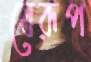
যেরূপ